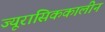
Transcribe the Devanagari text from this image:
ज्यूरासिककालीन